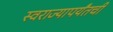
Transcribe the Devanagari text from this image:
स्वराज्यापर्यंतची